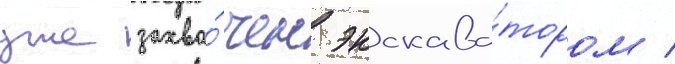
уже захва́чен экскава́тором /